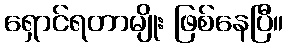
ရှောင်ရတာမျိုး ဖြစ်နေပြီ။